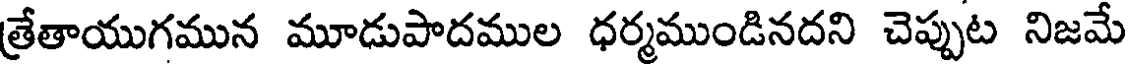
త్రేతాయుగమున మూడుపాదముల ధర్మముండినదని చెప్పుట నిజమే